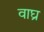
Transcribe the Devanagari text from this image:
वाघ्र